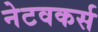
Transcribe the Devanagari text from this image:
नेटवकर्स